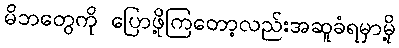
မိဘတွေကို ပြောဖို့ကြတော့လည်းအဆူခံရမှာမို့